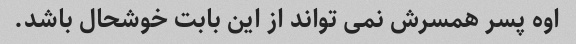
اوه پسر همسرش نمی تواند از این بابت خوشحال باشد.